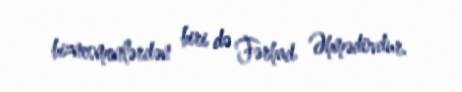
biznesmenlərdən biri də Fərhad Əhmədovdur.